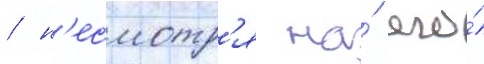
/ н'есмотр'я на́ его́